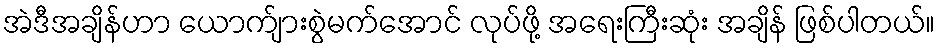
အဲဒီအချိန်ဟာ ယောက်ျားစွဲမက်အောင် လုပ်ဖို့ အရေးကြီးဆုံး အချိန် ဖြစ်ပါတယ်။